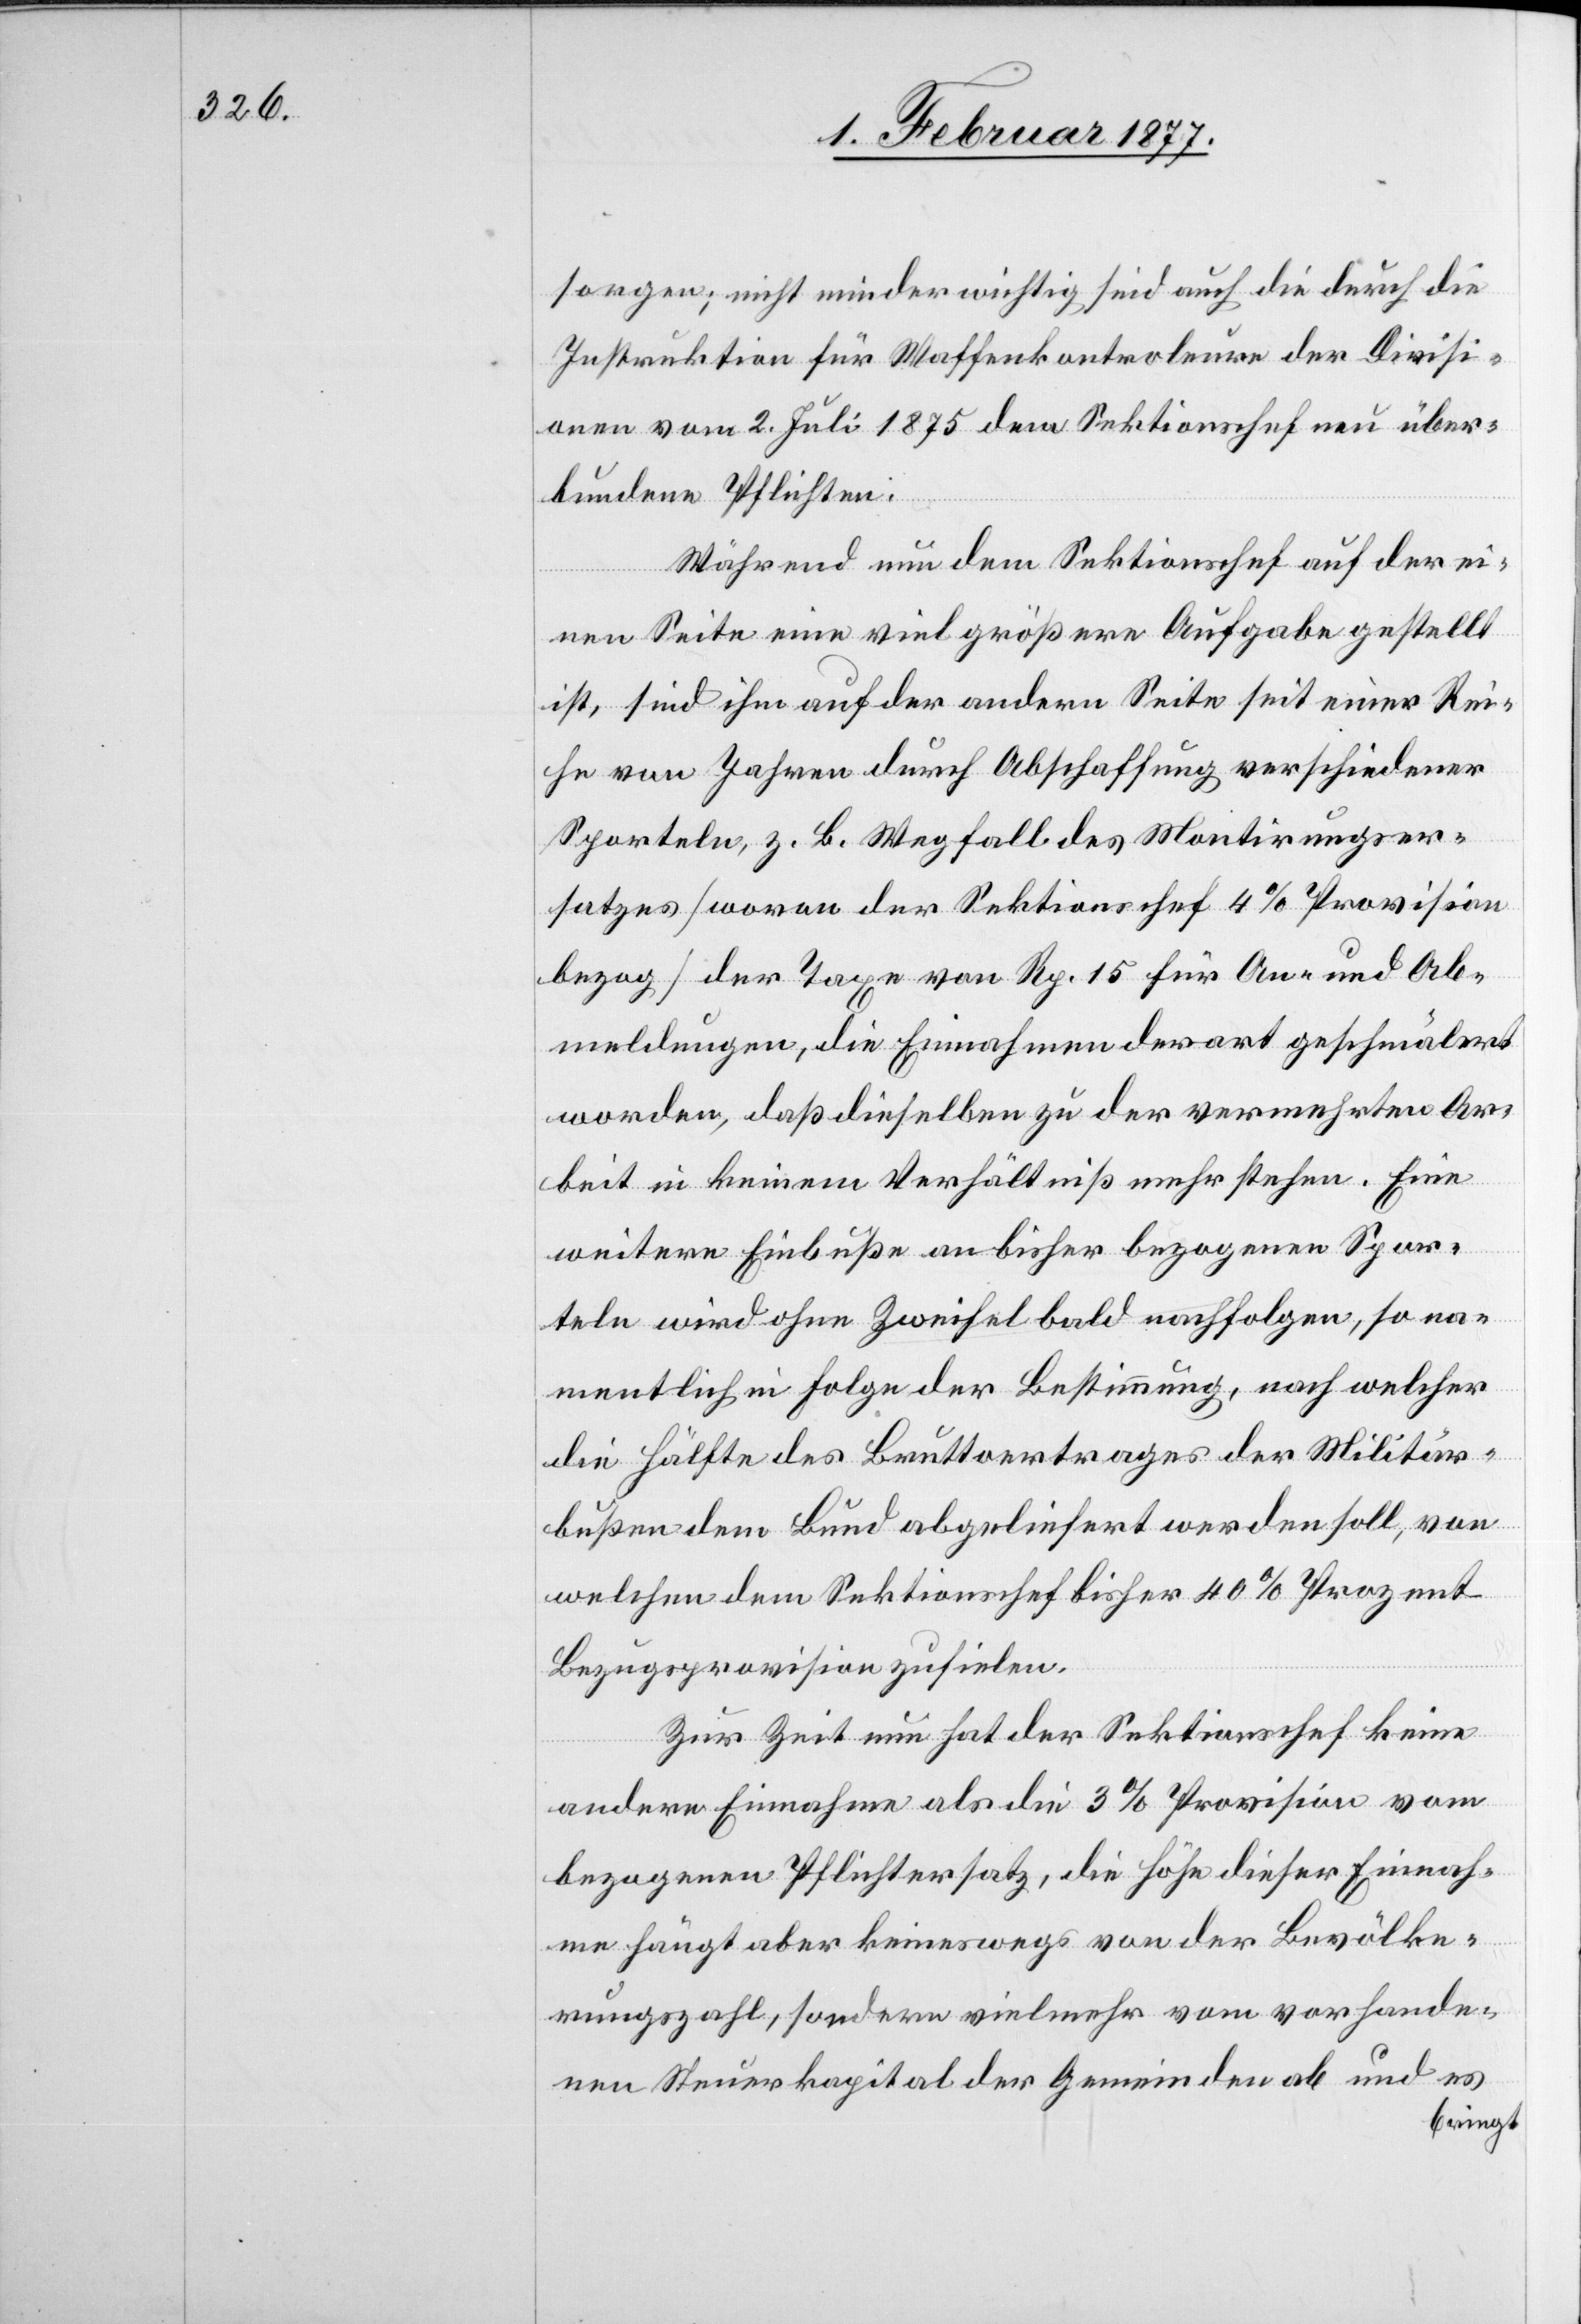
sorgen; nicht minder wichtig sind auch die durch die
Instruktion für Waffenkontroleure der Divisi¬
onen vom 2. Juli 1875 dem Sektionschef neu über¬
bundnen Pflichten.
Während nun dem Sektionschef auf der ei¬
nen Seite eine viel größere Aufgabe gestellt
ist, sind ihm auf der andern Seite seit einer Rei¬
he von Jahren durch Abschaffung verschiedener
Sporteln, z. B. Wegfall des Montirungser¬
satzes [woran der Sektionschef 4% Provision
bezog] der Taxe von Rp. 15 für An- und Ab¬
meldungen, die Einnahmen derart geschmälert
worden, daß dieselben zu der vermehrten Ar¬
beit in keinem Verhältniß mehr stehen. Eine
weitere Einbuße an bisher bezogenen Spor¬
teln wird ohne Zweifel bald nachfolgen, so na¬
mentlich in Folge der Bestimmung, nach welcher
die Hälfte des Bruttoertrages der Militär¬
bußen dem Bund abgeliefert werden soll, von
welchen dem Sektionschef bisher 40% Prozent
Bezugsprovision zufielen.
Zur Zeit nun hat der Sektionschef keine
andern Einnahmen als die 3% Provision vom
bezogenen Pflichtersatz, die Höhe dieser Einnah¬
me hängt aber keineswegs von der Bevölke¬
rungszahl, sondern vielmehr vom vorhande¬
nen Steuerkapital der Gemeinden ab und es
bringt